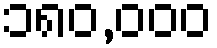
၁၈၀,၀၀၀